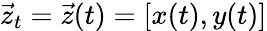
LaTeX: \vec{z}_{t}=\vec{z}(t)=[x(t),y(t)]